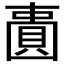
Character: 𫠾